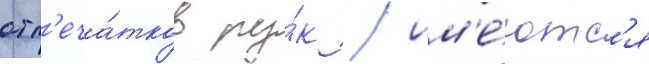
отп'еча́тков ру́к / им'е́ютс'я